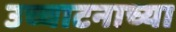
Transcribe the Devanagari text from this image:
उच्चाटनाच्या